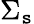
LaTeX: \Sigma_{\mathtt{s}}